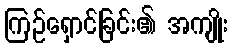
ကြဉ်ရှောင်ခြင်း၏ အကျိုး